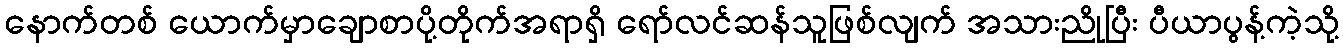
နောက်တစ် ယောက်မှာချောစာပို့တိုက်အရာရှိ ရော်လင်ဆန်သူဖြစ်လျက် အသားညိုပြီး ပီယာပွန့်ကဲ့သို့